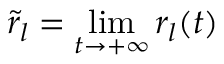
\tilde { r } _ { l } = \operatorname* { l i m } _ { t \to + \infty } { r _ { l } ( t ) }